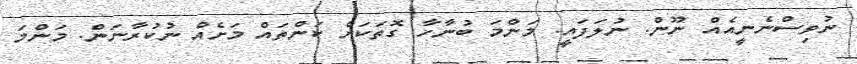
ނުވިސްނެނީއެއް ނޫން. ނުލަފައީ. މަންމަ ބުނާހާ ގޮތަކަށް ކަންތައް މަށެއް ނުކުރާނަން. މަންމަ